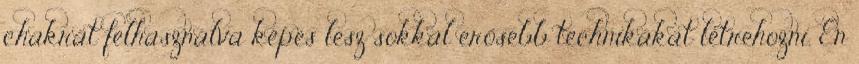
chakrát felhasználva képes lesz sokkal erősebb technikákat létrehozni. Én